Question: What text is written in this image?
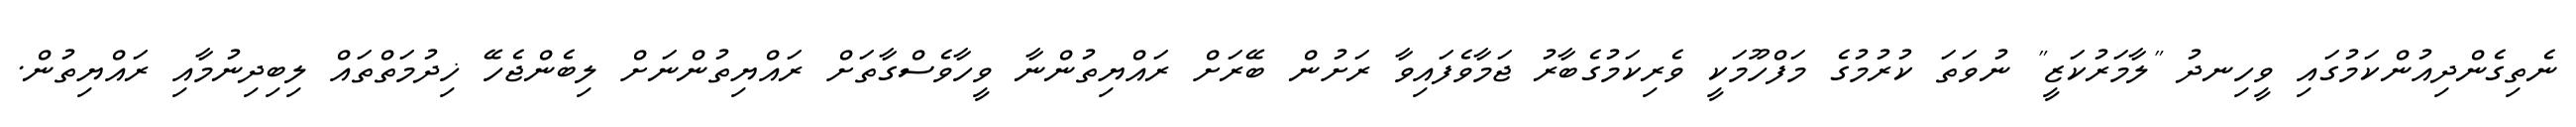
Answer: ނެތިގެންދިއުންކަމުގައި ވީހިނދު "ލާމަރުކަޒީ" ނުވަތަ ކުރުމުގެ މަފްހޫމަކީ ވެރިކަމުގެބާރު ޖަމާވެފައިވާ ރަށުން ބޭރަށް ރައްޔިތުންނާ ވީހާވެސްގާތަށް ރައްޔިތުންނަށް ލިބެންޖެހޭ ޚިދުމަތްތައް ލިބިދިނުމާއި ރައްޔިތުން.